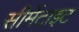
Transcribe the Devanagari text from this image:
सीमेंटाइट